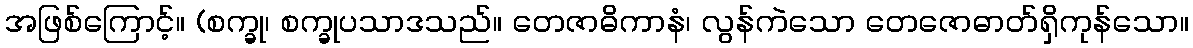
အဖြစ်ကြောင့်။ (စက္ခု၊ စက္ခုပသာဒသည်။ တေဇာဓိကာနံ၊ လွန်ကဲသော တေဇောဓာတ်ရှိကုန်သော။